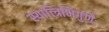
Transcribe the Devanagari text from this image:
स्यात्त्रिभिर्गुणैः